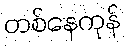
တစ်နေကုန်